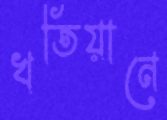
খতিয়ানে